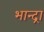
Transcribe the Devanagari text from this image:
भान्द्रा